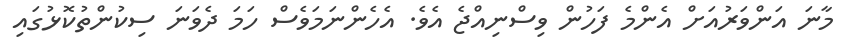
މާނަ އަންވަރުއަށް އެންމެ ފަހުން ވިސްނިއްޖެ އެވެ. އެހެންނަމަވެސް ހަމަ ދެވަނަ ސިކުންތުކޮޅުގައި